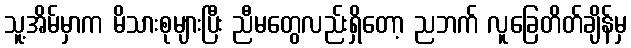
သူ့အိမ်မှာက မိသားစုများပြီး ညီမတွေလည်းရှိတော့ ညဘက် လူခြေတိတ်ချိန်မှ